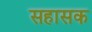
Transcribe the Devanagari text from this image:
सहासक